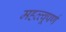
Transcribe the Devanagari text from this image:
महत्त्वूपर्ण